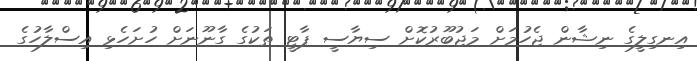
އިނގިލީގެ ނިޝާން ޖެހުމަށް މަޖުބޫރުކޮށް ސިޔާސީ ޕާޓީ ތަކުގެ ގާނޫނަށް ހުށަހެޅި އިސްލާހުގެ